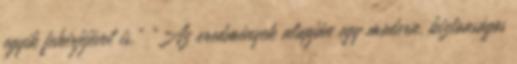
egyik fehérjéjével is.” „Az eredmények alapján egy modern, biztonságos